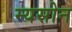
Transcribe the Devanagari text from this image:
म्यसोन